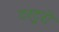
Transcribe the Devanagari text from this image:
टरटुरो